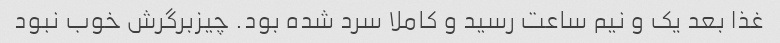
غذا بعد یک و نیم ساعت رسید و کاملا سرد شده بود. چیزبرگرش خوب نبود